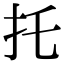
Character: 托